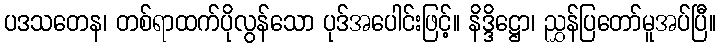
ပဒသတေန၊ တစ်ရာထက်ပိုလွန်သော ပုဒ်အပေါင်းဖြင့်။ နိဒ္ဒိဋ္ဌော၊ ညွှန်ပြတော်မူအပ်ပြီ။